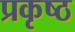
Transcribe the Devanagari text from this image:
प्रकृष्ठ